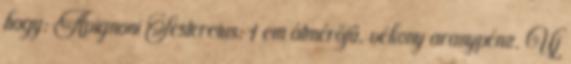
hogy: Avignoni Sestercius: 1 cm átmérőjű, vékony aranypénz. Új